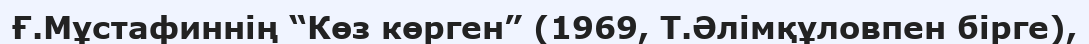
Ғ.Мұстафиннің “Көз көрген” (1969, Т.Әлімқұловпен бірге),